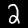
Label: 2